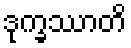
ဒုက္ခဿာတိ